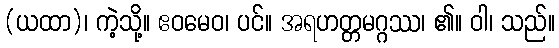
(ယထာ)၊ ကဲ့သို့။ ဧဝမေဝ၊ ပင်။ အရဟတ္တမဂ္ဂဿ၊ ၏။ ဝါ၊ သည်။